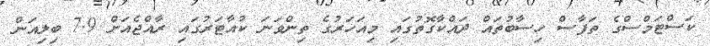
ކަސްޓަމްސްގެ ތަފާސް ހިސާބުތައް ދައްކާގޮތުގައި މިއަހަރުގެ ތިންވަނަ ކުއާޓަރުގައި ރާއްޖެއަށް 7.9 ބިލިއަން